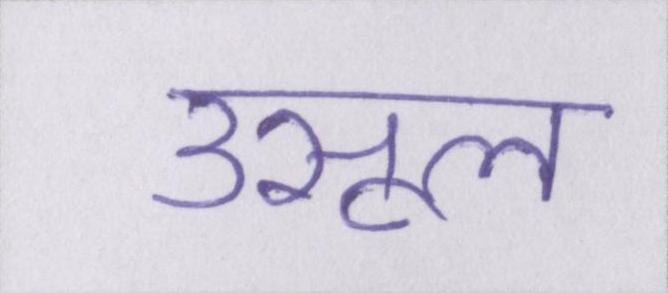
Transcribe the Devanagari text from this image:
उसूल